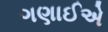
ગણાઈએ